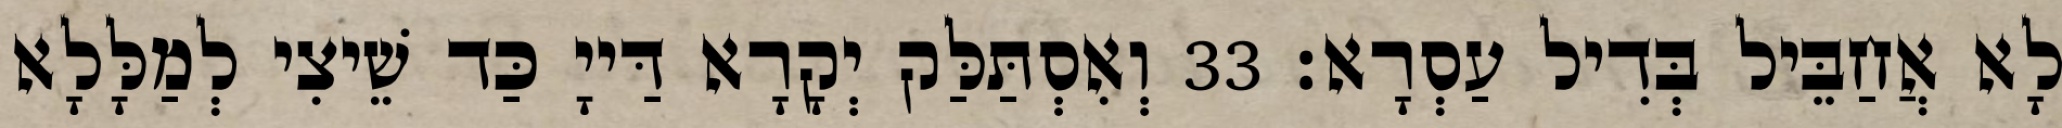
לָא אֲחַבֵּיל בְּדִיל עַסְרָא׃ 33 וְאִסְתַּלַּק יְקָרָא דַּייָ כַּד שֵׁיצִי לְמַלָּלָא